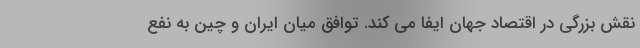
نقش بزرگی در اقتصاد جهان ایفا می کند. توافق میان ایران و چین به نفع